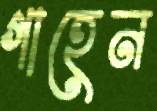
গাহেন